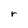
Character: r